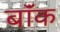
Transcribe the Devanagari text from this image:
बॉंक